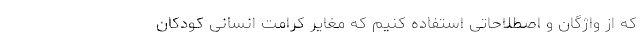
که از واژگان و اصطلاحاتی استفاده کنیم که مغایر کرامت انسانی کودکان